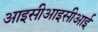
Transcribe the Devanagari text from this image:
आइसीआइसीआई